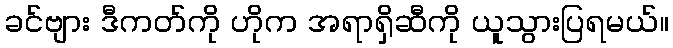
ခင်ဗျား ဒီကတ်ကို ဟိုက အရာရှိဆီကို ယူသွားပြရမယ်။